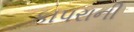
કાપરાની